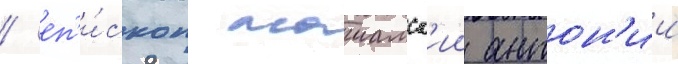
/ еп'и́скоп маиамск'ии антон'ии